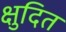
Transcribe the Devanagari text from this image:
क्षुदित